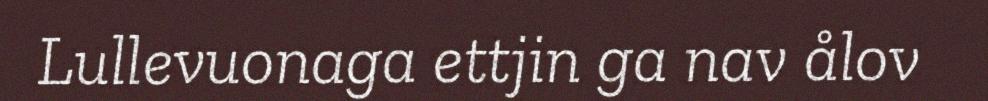
Lullevuonaga ettjin ga nav ålov